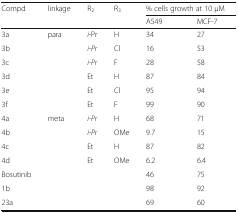
| <ROWSPAN=2> Compd | <ROWSPAN=2> linkage | <ROWSPAN=2> R2 | <ROWSPAN=2> R3 | <COLSPAN=2> % cells growth at 10 μM |
 | A549 | MCF-7 |
 | --- | --- | --- | --- | --- | --- |
 | 3a | <ROWSPAN=6> para | i-Pr | H | 34 | 27 |
 | 3b | i-Pr | Cl | 16 | 53 |
 | 3c | i-Pr | F | 28 | 58 |
 | 3d | Et | H | 87 | 84 |
 | 3e | Et | Cl | 95 | 94 |
 | 3f | Et | F | 99 | 90 |
 | 4a | <ROWSPAN=4> meta | i-Pr | H | 68 | 71 |
 | 4b | i-Pr | OMe | 9.7 | 15 |
 | 4c | Et | H | 87 | 82 |
 | 4d | Et | OMe | 6.2 | 6.4 |
 | Bosutinib |  |  |  | 46 | 75 |
 | 1b |  |  |  | 98 | 92 |
 | 23a |  |  |  | 69 | 60 |